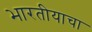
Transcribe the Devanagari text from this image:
भारतीयाचा